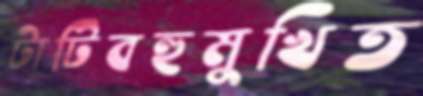
টাটিবহুমুখিত